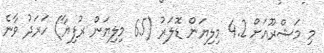
މި މަޝްރޫއަށް 4.2 މިލިޔަން ޑޮލަރު (65 މިލިޔަން ރުފިޔާ) ހަރަދު ވާނެ